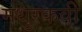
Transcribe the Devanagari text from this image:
मधुरकवी